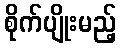
စိုက်ပျိုးမည့်